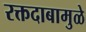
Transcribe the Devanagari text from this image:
रक्तदाबामुळे